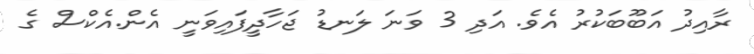
ރާއިދު އަބޫބަކުރު އެވެ. އަދި 3 ވަނަ ލަނޑު ޖަހާދީފައިވަނީ އެން.އެކްސް ގެ